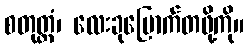
စတုတ္ထံ၊ လေးခုမြောက်တဖို့ကို။